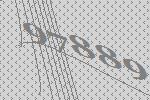
97889